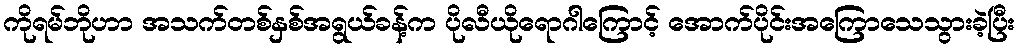
ကိုရမ်ဘိုဟာ အသက်တစ်နှစ်အရွယ်ခန့်က ပိုလီယိုရောဂါကြောင့် အောက်ပိုင်းအကြောသေသွားခဲ့ပြီး